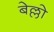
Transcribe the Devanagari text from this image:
बेल्लो